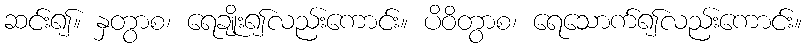
ဆင်း၍။ နှတွာစ၊ ရေချိုး၍လည်းကောင်း။ ပိဝိတွာစ၊ ရေသောက်၍လည်းကောင်း။